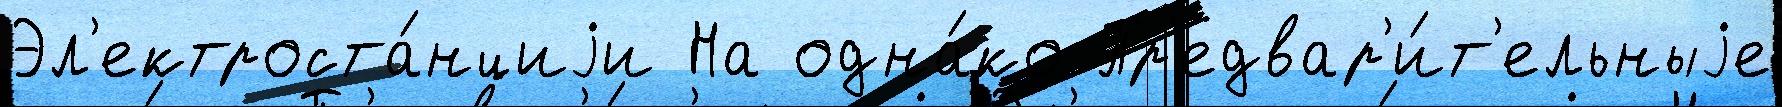
Эл'ектроста́нциjи На одна́ко Пр'едвар'и́т'ельныjе